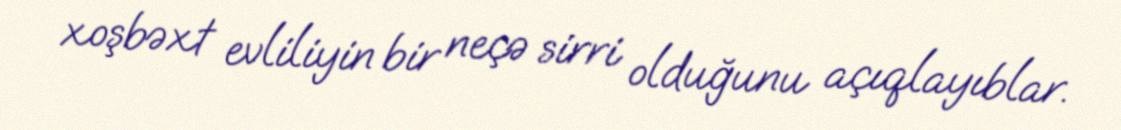
xoşbəxt evliliyin bir neçə sirri olduğunu açıqlayıblar.